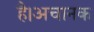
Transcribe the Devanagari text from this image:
है।अचानक